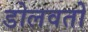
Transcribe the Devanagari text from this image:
डोलवतो